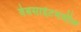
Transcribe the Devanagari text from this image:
वेबसाईटमधील